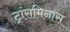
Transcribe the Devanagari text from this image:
ट्रांसमिनास